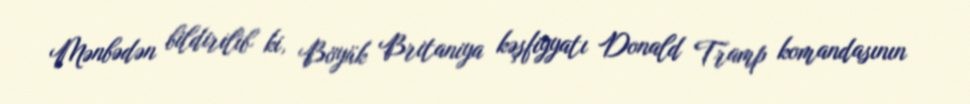
Mənbədən bildirilib ki, Böyük Britaniya kəşfiyyatı Donald Tramp komandasının